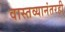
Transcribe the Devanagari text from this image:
वास्तव्यानंतरही